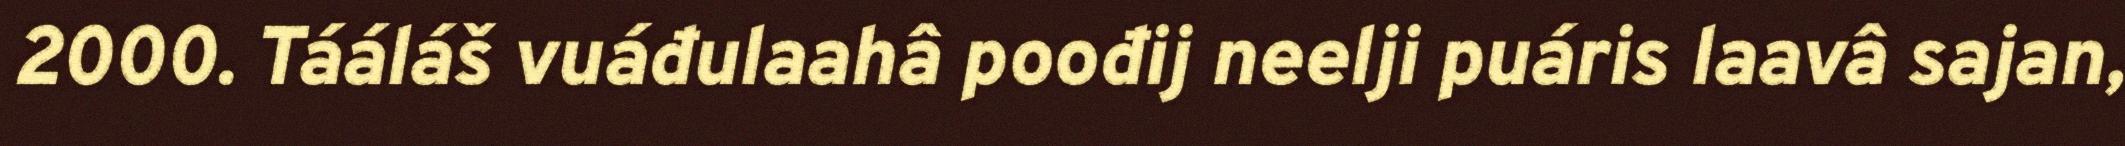
2000. Tááláš vuáđulaahâ poođij neelji puáris laavâ sajan,